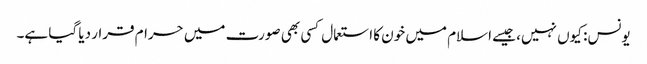
یونس: کیوں نہیں، جیسے اسلام میں خون کا استعمال کسی بھی صورت میں حرام قرار دیا گیا ہے۔